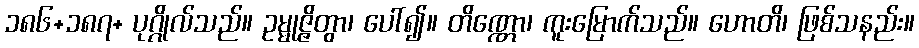
၁၈၆+၁၈၇+ ပုဂ္ဂိုလ်သည်။ ဥမ္မုဇ္ဇိတွာ၊ ပေါ်၍။ တိဏ္ဏော၊ ကူးမြောက်သည်။ ဟောတိ၊ ဖြစ်သနည်း။